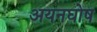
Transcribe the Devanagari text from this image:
अयनघोष